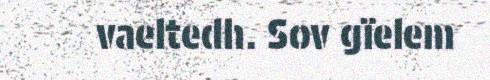
vaeltedh. Sov gïelem